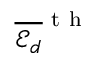
\overline { { \mathscr { E } _ { d } } } ^ { \mathrm { ~ t ~ h ~ } }